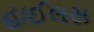
હાઈલસ